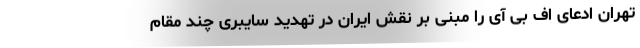
تهران ادعای اف بی آی را مبنی بر نقش ایران در تهدید سایبری چند مقام